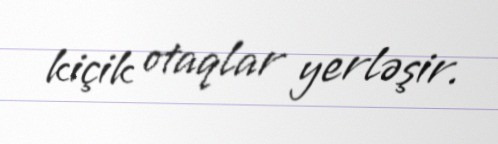
kiçik otaqlar yerləşir.